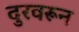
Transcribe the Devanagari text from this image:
दुरवरून